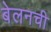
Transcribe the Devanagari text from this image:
बेलनची